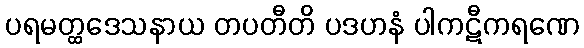
ပရမတ္ထဒေသနာယ တပတီတိ ပဒဟနံ ပါကဋီကရဏေ